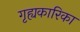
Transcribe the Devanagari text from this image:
गृह्यकारिका